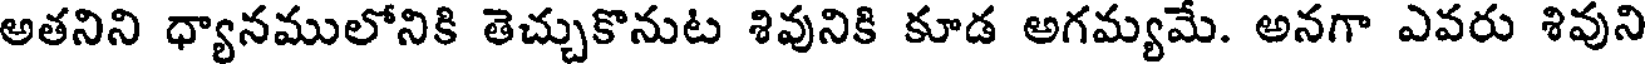
అతనిని ధ్యానములోనికి తెచ్చుకొనుట శివునికి కూడ అగమ్యమే. అనగా ఎవరు శివుని